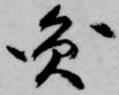
円